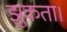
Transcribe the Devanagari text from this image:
झुकता।